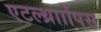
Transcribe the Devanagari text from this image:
एटल्थ्रााोंपस